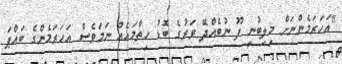
"އަހަރަމެންނަށް މިލިބުނީ ފޫ ނުބެއްދޭ ވަރުގެ ބޮޑު ހިތާމައެއް ނަމަވެސް އަހަރަމެންގެ ބައްޕަ